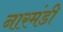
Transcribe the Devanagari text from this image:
नारमंडी